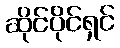
ဆိုင်ပိုင်ရှင်